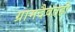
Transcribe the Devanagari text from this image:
ग्रामदैवतही